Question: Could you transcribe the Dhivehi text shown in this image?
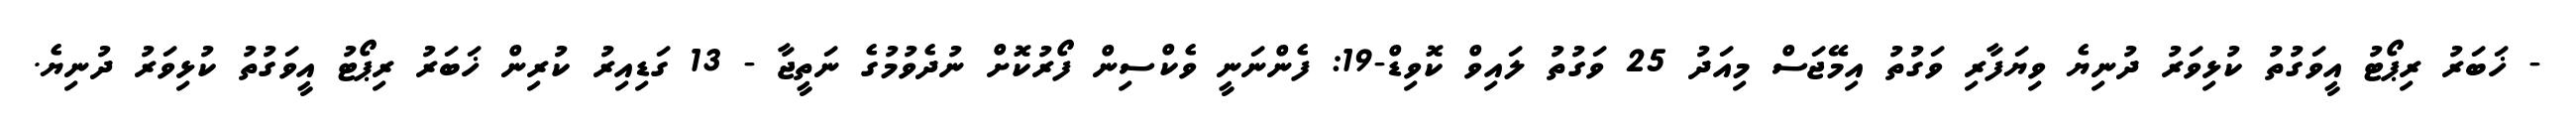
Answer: - ޚަބަރު ރިޕޯޓު އީވަގުތު ކުޅިވަރު ދުނިޔެ ވިޔަފާރި ވަގުތު އިމޭޖަސް މިއަދު 25 ވަގުތު ލައިވް ކޮވިޑް-19: ފެންނަނީ ވެކްސިން ފޯރުކޮށް ނުދެވުމުގެ ނަތީޖާ - 13 ގަޑިއިރު ކުރިން ޚަބަރު ރިޕޯޓު އީވަގުތު ކުޅިވަރު ދުނިޔެ.